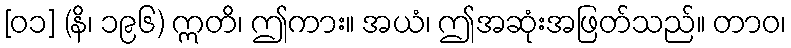
[၀၁] (နိ၊ ၁၉၆) ဣတိ၊ ဤကား။ အယံ၊ ဤအဆုံးအဖြတ်သည်။ တာဝ၊